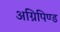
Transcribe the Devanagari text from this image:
अग्निपिण्ड